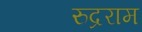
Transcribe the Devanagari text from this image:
रुद्रराम